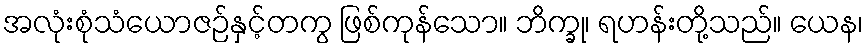
အလုံးစုံသံယောဇဉ်နှင့်တကွ ဖြစ်ကုန်သော။ ဘိက္ခု၊ ရဟန်းတို့သည်။ ယေန၊